Report of the King Institute of Preventive Medicine, Guindy
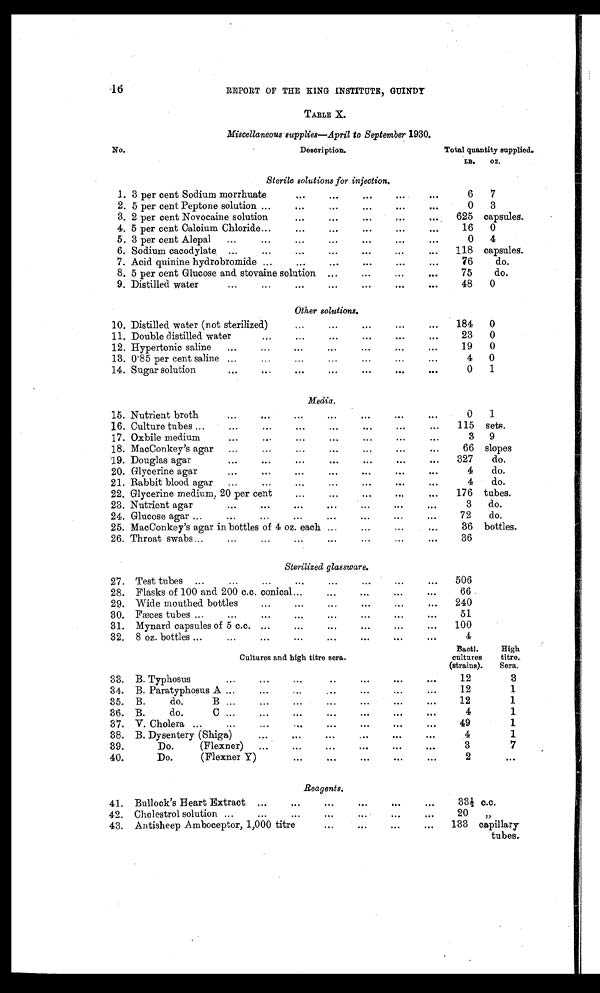
16
REPORT OF THE KING INSTITUTE, GUINDT
TABLE X.
Miscellaneous supplies—April to September 1930.
No.
Description.
Total quantity supplied.
Sterile solutions for injection.
LB.
OZ.
1. 3 per cent Sodium morrhuate
6
7
2. 5 per cent Peptone solution
0
3
3. 2 per cent Novocaine solution
625 capsules.
4. 5 per cent Calcium Chloride
16
0
5. 3 per cent Alepal
0
4
6. Sodium cacodylate
118 capsules.
7. Acid quinine hydrobromide
76
do.
8. 5 per cent Glucose and stovaine solution
75
do.
9. Distilled water
48
0
Other solutions.
10. Distilled water (not sterilized)
184
0
11. Double distilled water
23
0
12. Hypertonic saline
19
0
13. 0·85 per cent saline
4
0
14. Sugar solution
0
1
Media.
15. Nutrient broth
0
1
16. Culture tubes
115
sets.
17. Oxbile medium
3
9
18. MacConkey's agar
66 slopes
19. Douglas agar
327
do.
20. Glycerine agar
4
do.
21. Rabbit blood agar
4
do.
22. Glycerine medium 20 per cent
176 tubes.
23. Nutrient agar
3
do.
24. Glucose agar
72
do.
25. MacConkey's agar in bottles 4 oz. each
of 4 oz. each.
36 bottles.
26. Throat swabs
36
Sterilized glassware.
27. Test tubes
506
28. Flasks of 100 and 200 c.c. conical
29. Wide mouthed bottles
240
30. Fæces tubes
51
31.
Mynard capsules of 5 c.c.
100
32.
8 oz. bottles
4
Cultures and high titre sera.
Bactl.
cultures
(strains).
High
titre
Sera.
33.
B. Typhosus
12
3
34.
B. Paratyphosus A
12
1
35.
B. do. B
12
1
36. B. do. C
4
1
37. V. Cholera
49
1
38. B. Dysentery (Shiga)
4
1
39.
Do. (Flexner)
3
7
40.
Do. (Flexner Y)
2
Reagents.
41.
Bullock's Heart Extract
33½ c.c.
42.
Cholestrol solution
20
;,
43.
Antisheep Amboceptor, 1,000 titre
133 capillary
tubes.